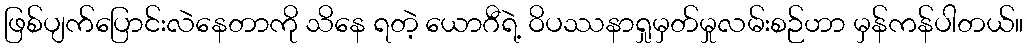
ဖြစ်ပျက်ပြောင်းလဲနေတာကို သိနေ ရတဲ့ ယောဂီရဲ့ ဝိပဿနာရှုမှတ်မှုလမ်းစဉ်ဟာ မှန်ကန်ပါတယ်။